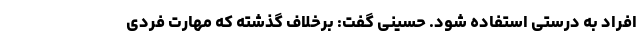
افراد به درستی استفاده شود. حسینی گفت: برخلاف گذشته که مهارت فردی